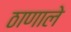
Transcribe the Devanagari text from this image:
ठाणाले